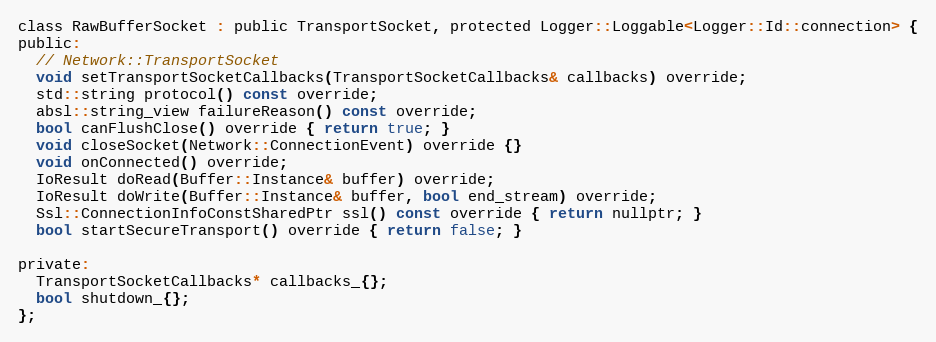
Language: C
class RawBufferSocket : public TransportSocket, protected Logger::Loggable<Logger::Id::connection> {
public:
  // Network::TransportSocket
  void setTransportSocketCallbacks(TransportSocketCallbacks& callbacks) override;
  std::string protocol() const override;
  absl::string_view failureReason() const override;
  bool canFlushClose() override { return true; }
  void closeSocket(Network::ConnectionEvent) override {}
  void onConnected() override;
  IoResult doRead(Buffer::Instance& buffer) override;
  IoResult doWrite(Buffer::Instance& buffer, bool end_stream) override;
  Ssl::ConnectionInfoConstSharedPtr ssl() const override { return nullptr; }
  bool startSecureTransport() override { return false; }

private:
  TransportSocketCallbacks* callbacks_{};
  bool shutdown_{};
};